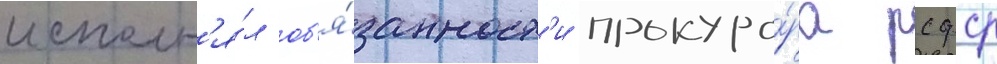
исполн'я́л об'я́занност'и прокуро́ра рсфср